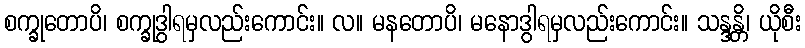
စက္ခုတောပိ၊ စက္ခုဒွါရမှလည်းကောင်း။ လ။ မနတောပိ၊ မနောဒွါရမှလည်းကောင်း။ သန္ဒန္တိ၊ ယိုစီး